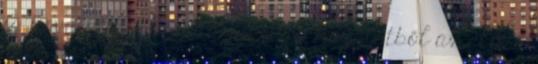
is követelte, hogy zárják ki a közéletből az előző